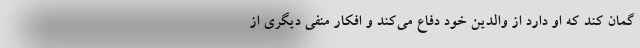
گمان کند که او دارد از والدین خود دفاع می‌کند و افکار منفی دیگری از